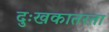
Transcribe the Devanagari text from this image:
दुःखकातरता